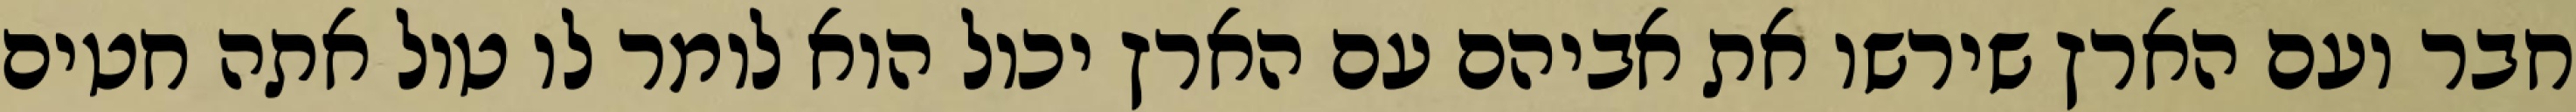
חבר ועם הארץ שירשו את אביהם עם הארץ יכול הוא לומר לו טול אתה חטים